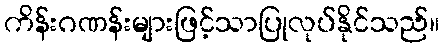
ကိန်းဂဏန်းများဖြင့်သာပြုလုပ်နိုင်သည်။